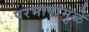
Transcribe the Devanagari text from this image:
परभाषांमुळे